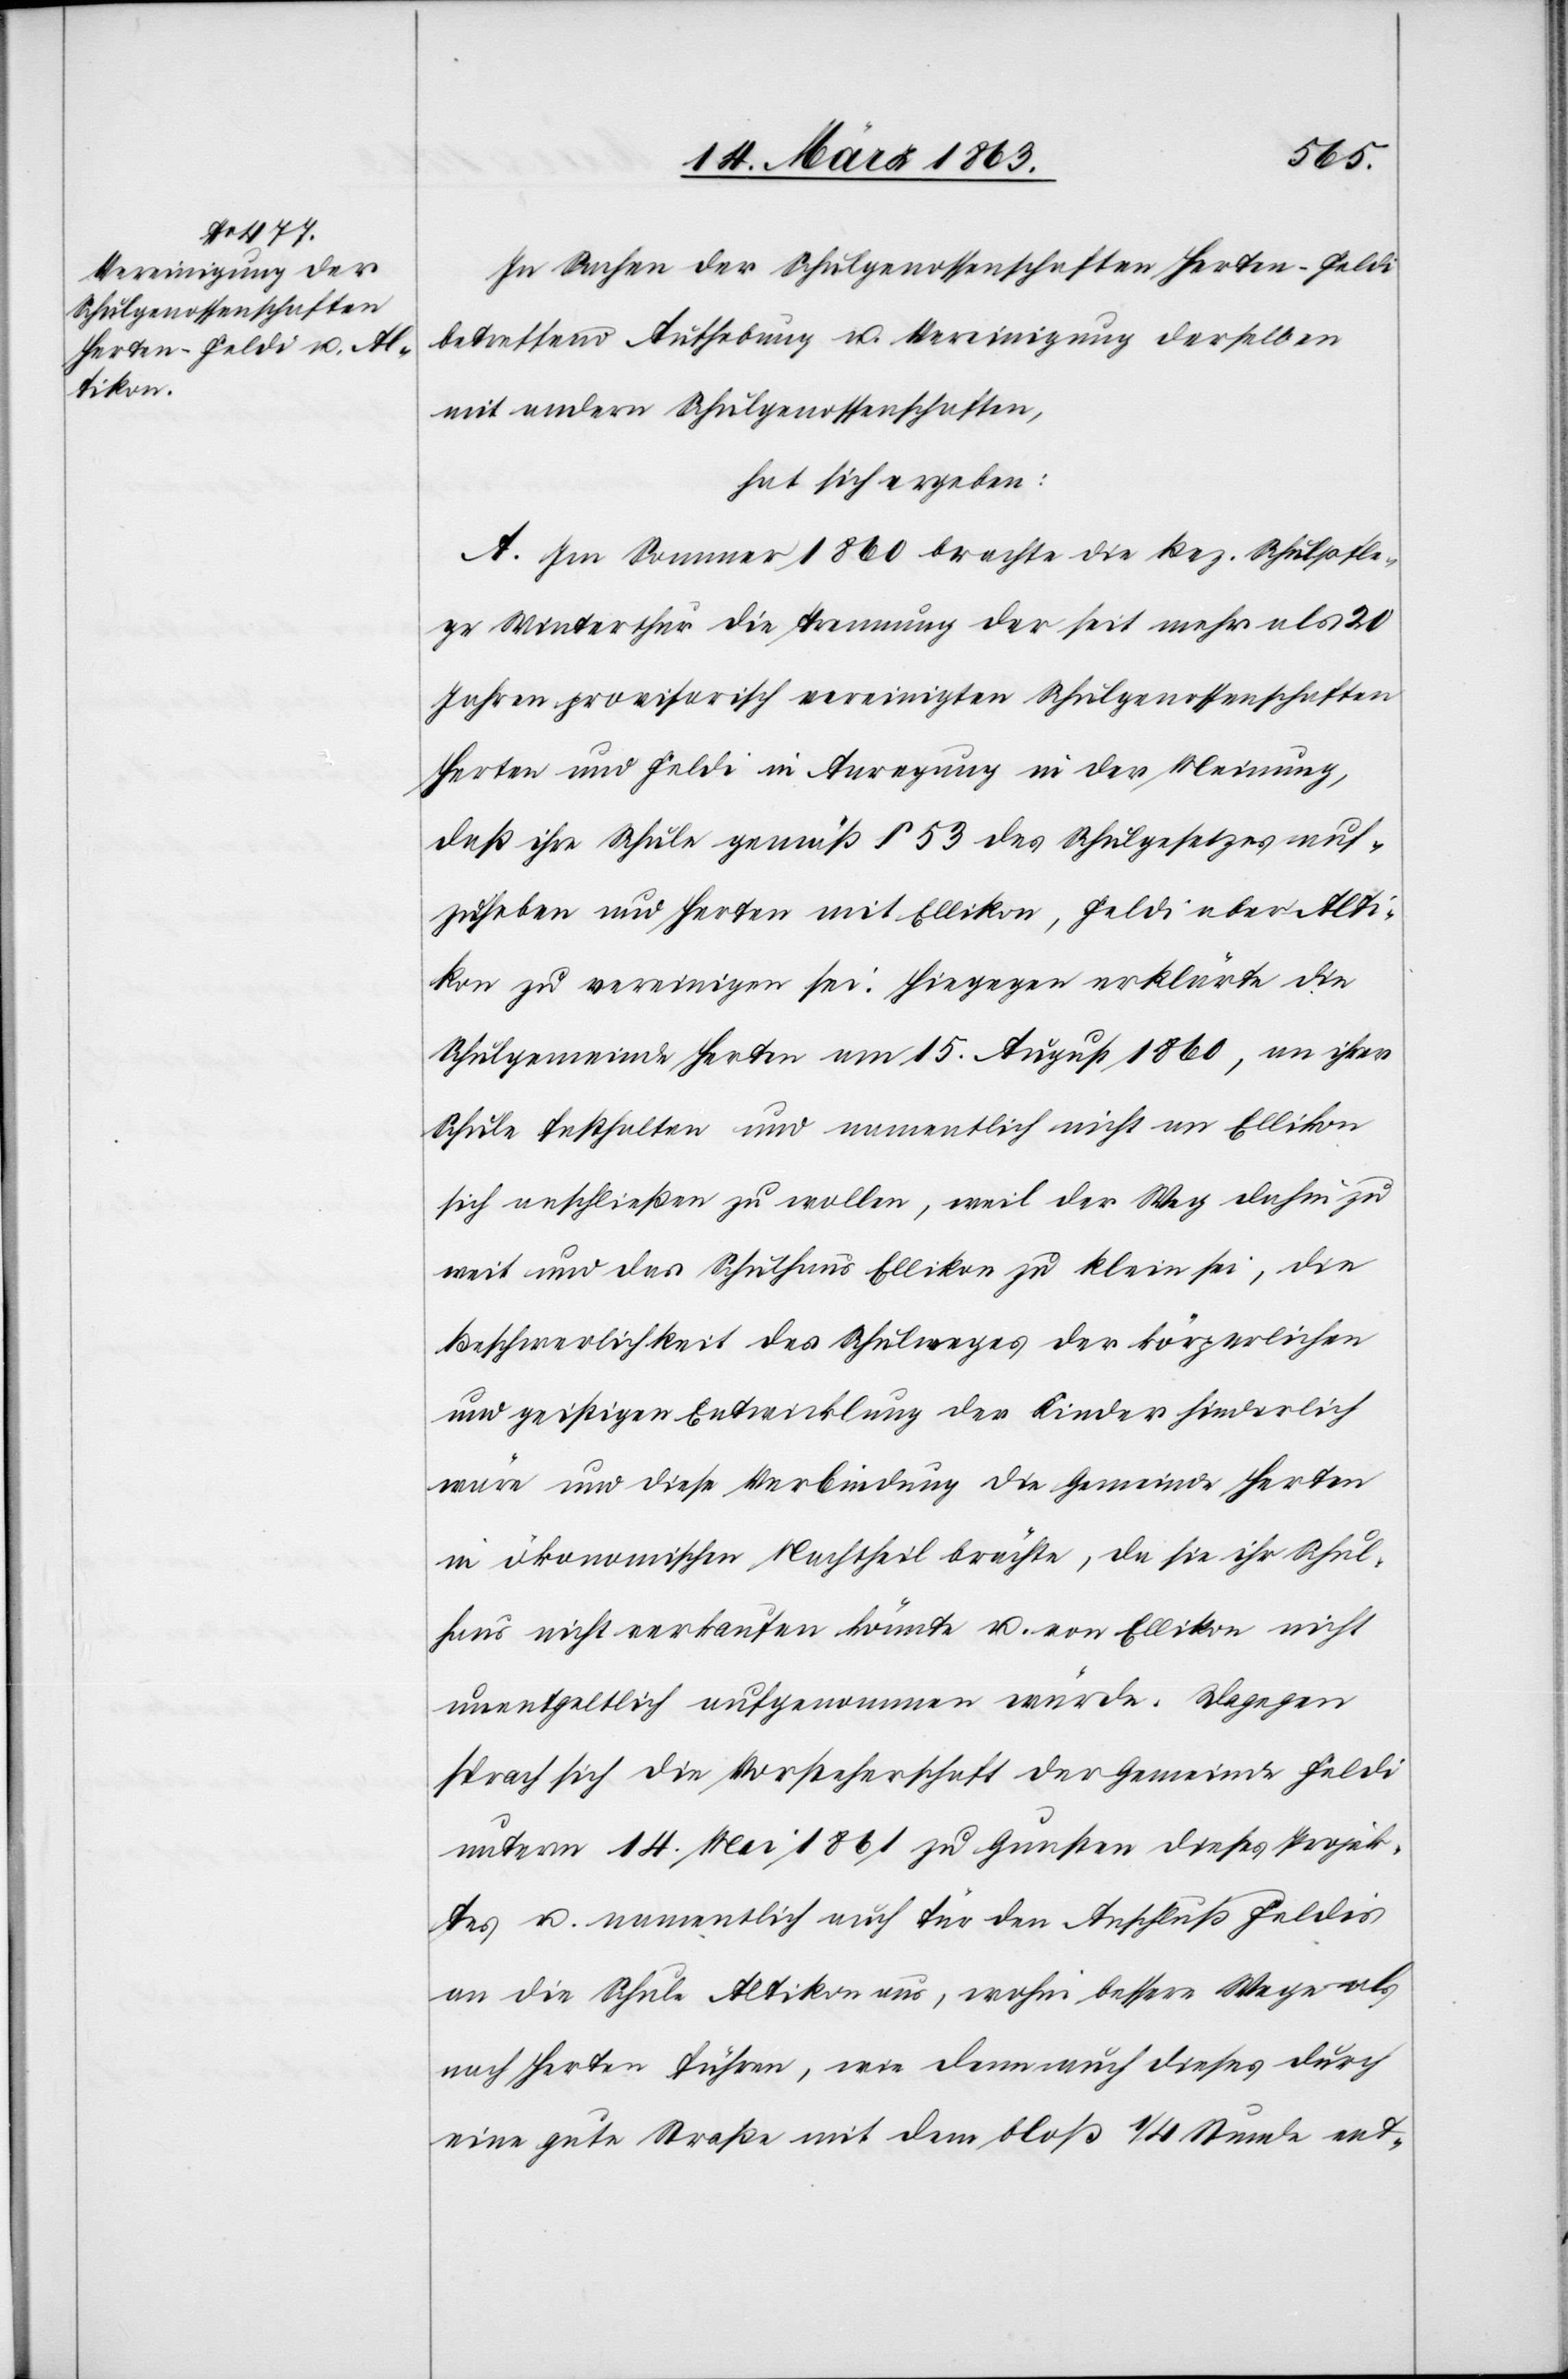
In Sachen der Schulgenossenschaften Herten-Feldi
betreffend Aufhebung u. Vereinigung derselben
mit andern Schulgenossenschaften,
hat sich ergeben:
A. Im Sommer 1860 brachte die Bez. Schulpfle¬
ge Winterthur die Trennung der seit mehr als 20
Jahren provisorisch vereinigten Schulgenossenschaften
Herten und Feldi in Anregung in der Meinung,
daß ihre Schule gemäß § 53 des Schulgesetzes auf¬
zuheben und Herten mit Ellikon, Feldi aber Alti¬
kon zu vereinigen sei. Hiegegen erklärte die
Schulgemeinde Herten am 15. August 1860, an ihrer
Schule festhalten und namentlich nicht an Ellikon
sich anschließen zu wollen, weil der Weg dahin zu
weit und das Schulhaus Ellikon zu klein sei, die
Beschwerlichkeit des Schulweges der körperlichen
und geistigen Entwicklung der Kinder hinderlich
wäre und diese Verbindung die Gemeinde Herten
in ökonomischen Nachtheil brächte, da sie ihr Schul¬
haus nicht verkaufen könnte u. von Ellikon nicht
unentgeltlich aufgenommen würde. Dagegen
sprach sich die Vorsteherschaft der Gemeinde Feldi
unterm 14. Mai 1861 zu Gunsten dieses Projek¬
tes u. namentlich auch für den Anschluß Feldis
an die Schule Altikon aus, wohin bessere Wege als
nach Herten führen, wie denn auch dieses durch
eine gute Straße mit dem bloß 1/4 Stunde ent-